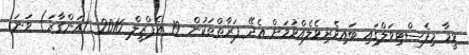
ވީމާ މިފެސްޓިވަލްގައި ބައިވެރިވެލެއްވުމަށް އެދޭ ފަރާތްތަކުން 19 އެޕްރީލް 2016 (އަންގާރަ) ވަނަ